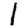
Digit: 1